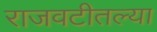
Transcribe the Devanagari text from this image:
राजवटीतल्या